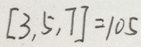
[ 3 , 5 , 7 ] = 1 0 5 ,